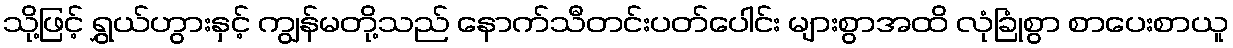
သို့ဖြင့် ရွှယ်ဟွားနှင့် ကျွန်မတို့သည် နောက်သီတင်းပတ်ပေါင်း များစွာအထိ လုံခြုံစွာ စာပေးစာယူ